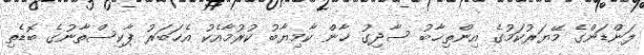
ލަންޑަންގެ މޭޔަރުކަމުގެ އިންތިޚާބު ސާދިގު ޚާން ކާމިޔާބު ކުރުމާއެކު އެޚަބަރު ޕާކިސްތާނުގެ ބޮޑެތި